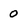
Character: 0